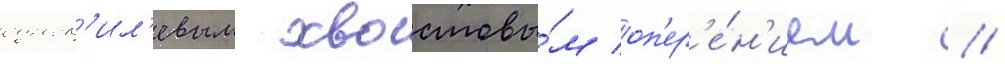
однок'ил'евым хвостовы́м оп'ер'е́н'ием //